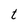
Character: t